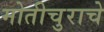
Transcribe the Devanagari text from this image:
मोतीचुराचे